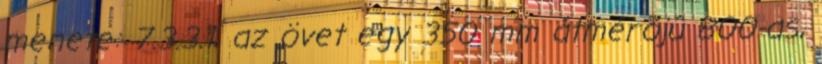
menete: 7.3.3.1. az övet egy 350 mm átmérõjû 800-as,